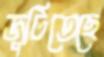
জুটিতেছে